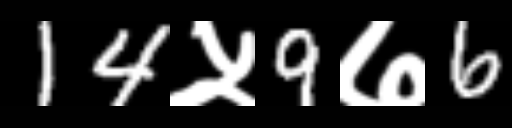
Text: 14५9७6